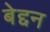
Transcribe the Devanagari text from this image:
बेद्दन